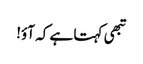
تبھی کہتا ہے کہ آؤ!